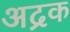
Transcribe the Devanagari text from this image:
अद्रक